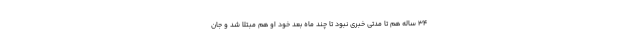
34 ساله هم تا مدتی خبری نبود تا چند ماه بعد خود او هم مبتلا شد و جان